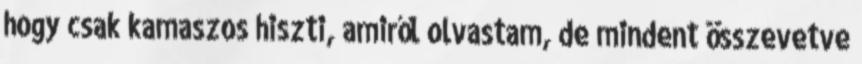
hogy csak kamaszos hiszti, amiről olvastam, de mindent összevetve